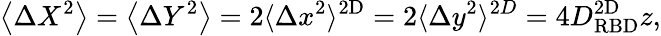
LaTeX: \left\langle\Delta X^{2}\right\rangle=\left\langle\Delta Y^{2}\right\rangle=2\langle\Delta x^{2}\rangle^{\mathrm{2D}}=2\langle\Delta y^{2}\rangle^{2D}=4D_{\mathrm{RBD}}^{\mathrm{2D}}z,